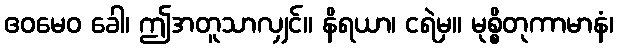
ဧဝမေဝ ခေါ၊ ဤအတူသာလျှင်။ နိရယာ၊ ငရဲမှ။ မုစ္စိတုကာမာနံ၊